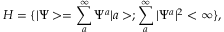
{ \cal { H } } = \{ | \Psi > = \sum _ { a } ^ { \infty } \Psi ^ { a } | a > ; \sum _ { a } ^ { \infty } | \Psi ^ { a } | ^ { 2 } < \infty \} ,